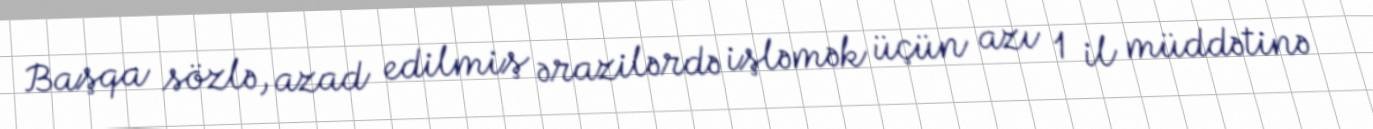
Başqa sözlə, azad edilmiş ərazilərdə işləmək üçün azı 1 il müddətinə